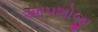
આપશોજી